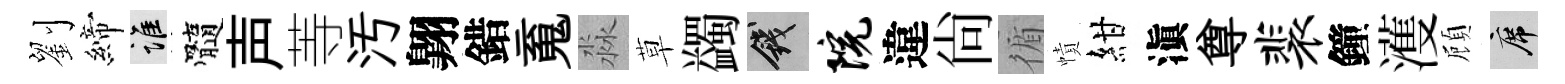
劉締誰髓声䓁汚翺錯䰟淼草蠲錢院違尚循幘紺滇尊裴鐘濩頋席